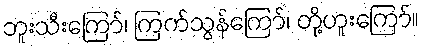
ဘူးသီးကြော်၊ ကြက်သွန်ကြော်၊ တို့ဟူးကြော်။